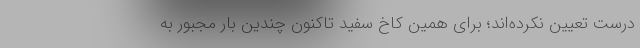
درست تعیین نکرده‌اند؛ برای همین کاخ سفید تاکنون چندین بار مجبور به